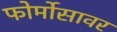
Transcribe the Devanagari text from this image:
फोर्मोसावर